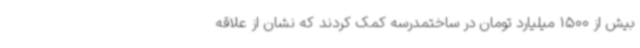
بیش از 1500 میلیارد تومان در ساختمدرسه کمک کردند که نشان از علاقه